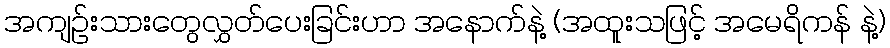
အကျဉ်းသားတွေလွှတ်ပေးခြင်းဟာ အနောက်နဲ့ (အထူးသဖြင့် အမေရိကန် နဲ့)